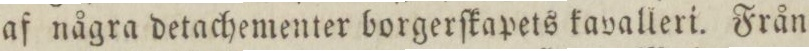
af några detachementer borgerſkapets kavalleri. Från